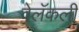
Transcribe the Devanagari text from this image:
वेलॅकली